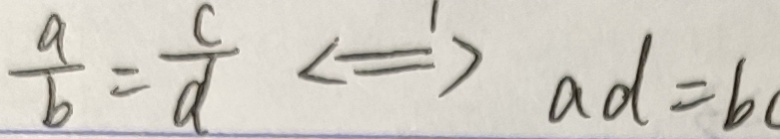
\frac { a } { b } = \frac { c } { d } \Leftrightarrow a d = b c